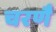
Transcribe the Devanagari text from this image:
चरणै